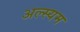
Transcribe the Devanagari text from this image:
अल्स्यम